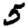
Digit: 5